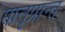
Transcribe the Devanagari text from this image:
मातृप्रान्त